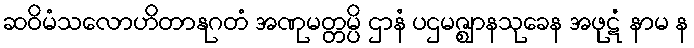
ဆဝိမံသလောဟိတာနုဂတံ အဏုမတ္တမ္ပိ ဌာနံ ပဌမဇ္ဈာနသုခေန အဖုဋံ နာမ န